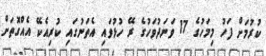
ކުރުމަށް ފަހު މިމަހުގެ 17 ވަނަދުވަހުގެ ރޭ ހުޅުވައި އެތަނުގައި ކުރިއެކޭ އެއްގޮތަށް